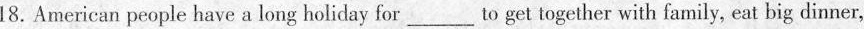
18. American people have a long holiday for ___ to get together with family, eat big dinner,